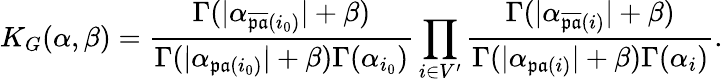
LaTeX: K_{G}(\alpha,\beta)=\frac{\Gamma(|\alpha_{\overline{{\mathfrak{pa}}}(i_{0})}|+\beta)}{\Gamma(|\alpha_{\mathfrak{pa}(i_{0})}|+\beta)\Gamma(\alpha_{i_{0}})}\prod_{i\in V^{\prime}}\frac{\Gamma(|\alpha_{\overline{{\mathfrak{pa}}}(i)}|+\beta)}{\Gamma(|\alpha_{\mathfrak{pa}(i)}|+\beta)\Gamma(\alpha_{i})}.